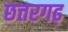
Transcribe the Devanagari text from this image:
छत्तरगढ़